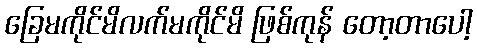
ခြေမကိုင်မိလက်မကိုင်မိ ဖြစ်ကုန် တော့တာပေါ့